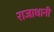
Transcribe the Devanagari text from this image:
राजाधानी